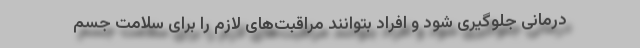
درمانی جلوگیری شود و افراد بتوانند مراقبت‌های لازم را برای سلامت جسم